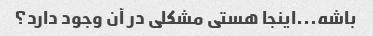
باشه...اینجا هستی مشکلی در آن وجود دارد؟